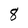
Character: 8